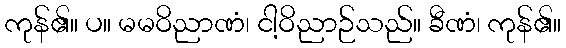
ကုန်၏။ ပ။ မမဝိညာဏံ၊ ငါ့ဝိညာဉ်သည်။ ခီဏံ၊ ကုန်၏။